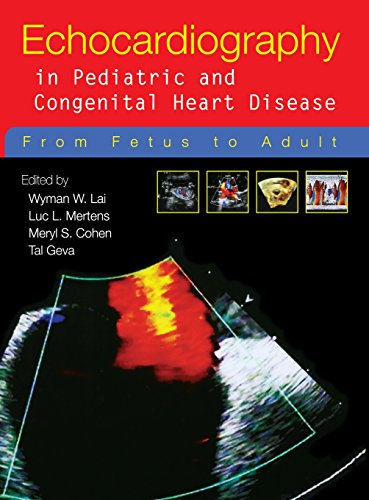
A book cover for Echocardiography in Pediatric and Congenital Heart Disease: From Fetus to Adult; Health, Fitness & Dieting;